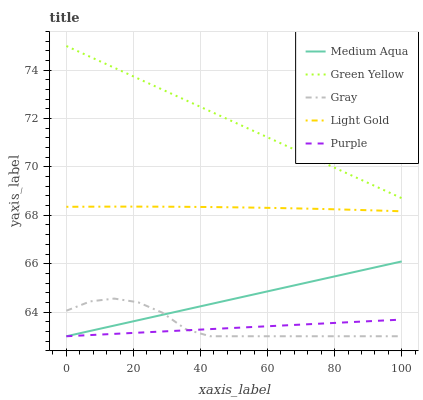
| xaxis_label | Medium Aqua | Green Yellow | Gray | Light Gold | Purple |
 | --- | --- | --- | --- | --- | --- |
 | 0 | 63 | 75 | 64.1 | 68.4 | 63 |
 | 7.14 | 63.2 | 74.6 | 64.4 | 68.4 | 63 |
 | 14.3 | 63.4 | 74.1 | 64.6 | 68.4 | 63.1 |
 | 21.4 | 63.7 | 73.7 | 64.4 | 68.4 | 63.1 |
 | 28.6 | 63.9 | 73.2 | 64 | 68.4 | 63.2 |
 | 35.7 | 64.1 | 72.8 | 63.3 | 68.4 | 63.2 |
 | 42.9 | 64.3 | 72.3 | 63 | 68.3 | 63.3 |
 | 50 | 64.5 | 71.9 | 63 | 68.3 | 63.3 |
 | 57.1 | 64.8 | 71.4 | 63 | 68.3 | 63.4 |
 | 64.3 | 65 | 71 | 63 | 68.3 | 63.4 |
 | 71.4 | 65.2 | 70.5 | 63 | 68.3 | 63.5 |
 | 78.6 | 65.4 | 70.1 | 63 | 68.3 | 63.5 |
 | 85.7 | 65.7 | 69.6 | 63 | 68.2 | 63.6 |
 | 92.9 | 65.9 | 69.2 | 63 | 68.2 | 63.6 |
 | 100 | 66.1 | 68.7 | 63 | 68.2 | 63.7 |